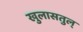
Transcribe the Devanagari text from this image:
खुलासतुल्